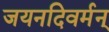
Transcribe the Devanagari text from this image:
जयनदिवर्मन्